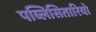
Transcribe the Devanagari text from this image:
पब्लिसितारियो